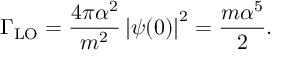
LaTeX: \Gamma _ { \mathrm { L O } } = \frac { 4 \pi \alpha ^ { 2 } } { m ^ { 2 } } \left| \psi ( 0 ) \right| ^ { 2 } = \frac { m \alpha ^ { 5 } } { 2 } .